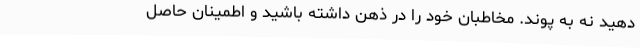
دهید نه به پوند. مخاطبان خود را در ذهن داشته باشید و اطمینان حاصل